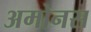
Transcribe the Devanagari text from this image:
अमोनस